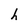
Character: h